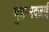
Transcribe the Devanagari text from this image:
मुहम्मदज़ाई